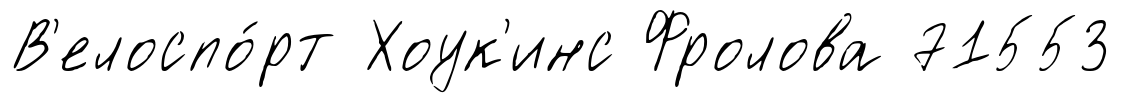
В'елоспо́рт Хоук'инс Фролова 71553